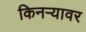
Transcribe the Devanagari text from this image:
किनऱ्यावर